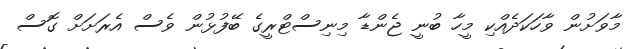
މާވަށުން ވާހަކަދެއްކި މީހާ ބުނީ ޖެންޑާ މިނިސްޓްރީގެ ބޭފުޅުން ވެސް އެރަށަށް ގޮސް